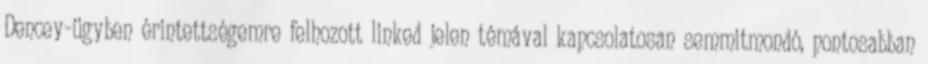
Dencey-ügyben érintettségemre felhozott linked jelen témával kapcsolatosan semmitmondó, pontosabban